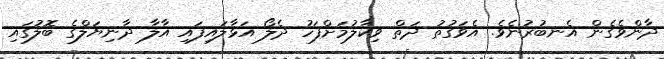
ދާންވެގެން އެނބުރުނެވެ. އެވަގުތު ދަތް ވިކާލުމަށްފަހު ދެލޯ އަޅާލައިފައި އާލާ ދާނިޔަލްގެ ބޮލުގައި